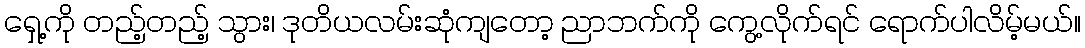
ရှေ့ကို တည့်တည့် သွား၊ ဒုတိယလမ်းဆုံကျတော့ ညာဘက်ကို ကွေ့လိုက်ရင် ရောက်ပါလိမ့်မယ်။